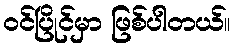
ဝင်ပြိုင်မှာ ဖြစ်ပါတယ်။